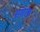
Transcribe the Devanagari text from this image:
सशास्त्र